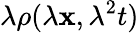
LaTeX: \lambda\rho(\lambda\mathbf{x},\lambda^{2}t)